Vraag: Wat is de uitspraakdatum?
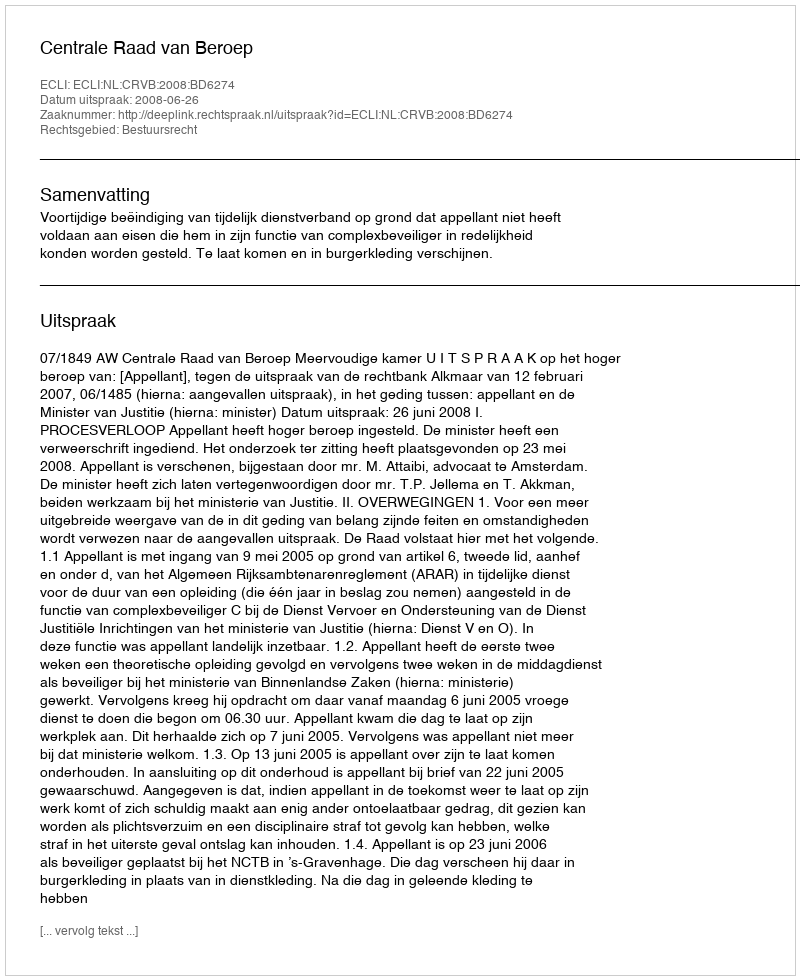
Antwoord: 2008-06-26